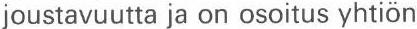
joustavuutta ja on osoitus yhtiön